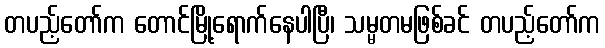
တပည့်တော်က တောင်မြို့ရောက်နေပါပြီ၊ သမ္မတမဖြစ်ခင် တပည့်တော်က